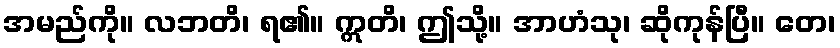
အမည်ကို။ လဘတိ၊ ရ၏။ ဣတိ၊ ဤသို့။ အာဟံသု၊ ဆိုကုန်ပြီ။ တေ၊